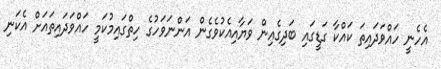
އެހެނީ ހައްވަދައިތަ ކައްކާ ގަޑީގައި ބަދިގެއިން ވަޔާއިއެކުވެގެން އަންނަވަހުގެ ހިތްގައިމުކަމީ ހައްވަދައިތައަށް އެކަނި